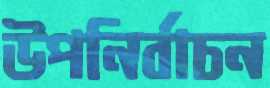
উপনির্বাচন